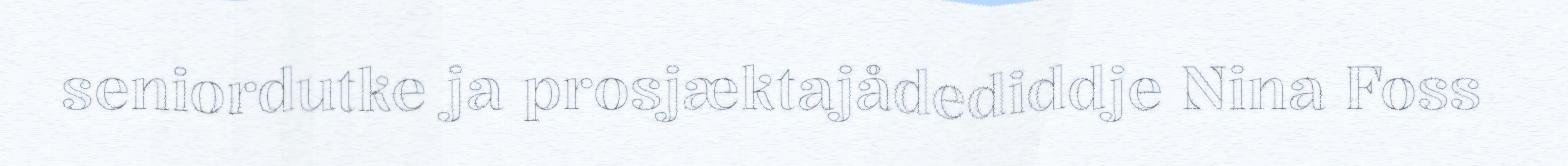
seniordutke ja prosjæktajådediddje Nina Foss